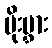
ပိုးမွှား